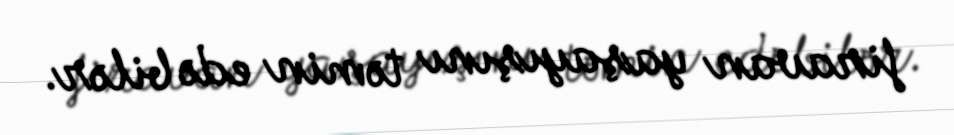
firavan yaşayışını təmin edə bilər.